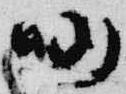
仍